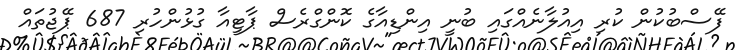
ފޭސްބުކުން ކުރި އިއުލާނެއްގައި ބުނީ އިންޑިއާގެ ކޮންގްރެސް ޕާޓީއާ ގުޅުންހުރި 687 ޕޭޖުތައް